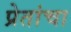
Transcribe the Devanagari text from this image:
प्रेतांचा